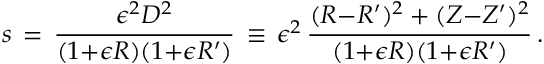
s \, = \, \frac { \epsilon ^ { 2 } D ^ { 2 } } { ( 1 { + } \epsilon R ) ( 1 { + } \epsilon R ^ { \prime } ) } \, \equiv \, \epsilon ^ { 2 } \, \frac { ( R { - } R ^ { \prime } ) ^ { 2 } + ( Z { - } Z ^ { \prime } ) ^ { 2 } } { ( 1 { + } \epsilon R ) ( 1 { + } \epsilon R ^ { \prime } ) } \, .